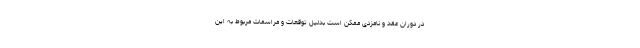
در دوران عقد و نامزدی ممکن است بدلیل توقعات و مراسمات مربوط به این